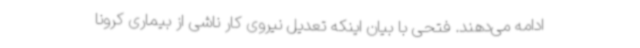
ادامه می‌دهند. فتحی با بیان اینکه تعدیل نیروی کار ناشی از بیماری کرونا